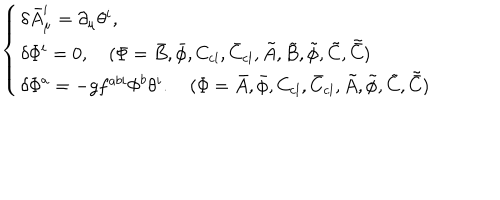
\left\{ \begin{array} { l } { { \delta \bar { A } _ { \mu } ^ { i } = \partial _ { \mu } \theta ^ { i } , } } \\ { { \delta { \mit \Phi } ^ { i } = 0 , \quad ( { \mit \Phi } = \bar { B } , \bar { \phi } , C _ { \mathrm { c l } } , \bar { C } _ { \mathrm { c l } } , \tilde { A } , \tilde { B } , \tilde { \phi } , \tilde { C } , \tilde { \bar { C } } ) } } \\ { { \delta { \mit \Phi } ^ { a } = - g f ^ { a b i } { \mit \Phi } ^ { b } \theta ^ { i } . \quad ( { \mit \Phi } = \bar { A } , \bar { \phi } , C _ { \mathrm { c l } } , \bar { C } _ { \mathrm { c l } } , \tilde { A } , \tilde { \phi } , \tilde { C } , \tilde { \bar { C } } ) } } \\ \end{array} \right.